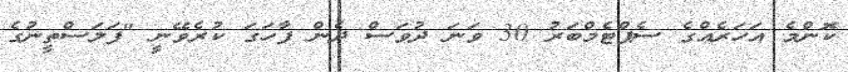
ކޮންމެ އަހަރެއްގެ ސެޕްޓެމްބަރު 30 ވަނަ ދުވަސް ދެން ފާހަގަ ކުރެވޭނީ "ފަލަސްތީނުގެ